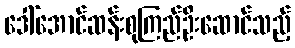
ဒေါ်အောင်ဆန်းစုကြည်ဦးဆောင်သည့်